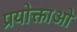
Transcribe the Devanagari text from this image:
प्रयोक्ताओ